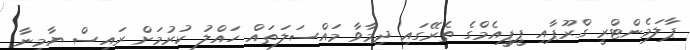
ޕާލަމެންޓްރީ ގްރޫޕާއި ޕީޕީއެމްގެ ތެރޭގައި ދިމާވާ މައްސަލަތައް ހައްލު ކުރުމަށް ރައީސް ޔާމީނާ